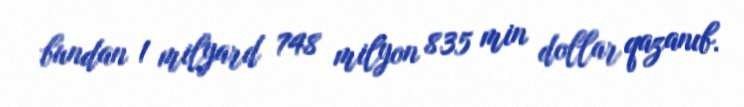
bundan 1 milyard 748 milyon 835 min dollar qazanıb.